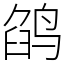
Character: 鹐